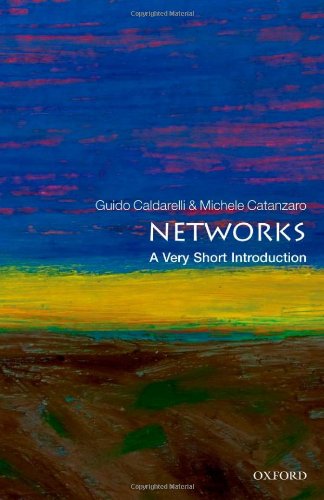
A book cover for Networks: A Very Short Introduction (Very Short Introductions); Guido Caldarelli; Science & Math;